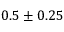
0 . 5 \pm 0 . 2 5